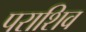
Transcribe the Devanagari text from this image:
पराशिव